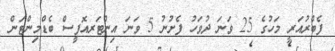
ފެބްރުއަރީ މަހުގެ 25 ވަނަ ދުވަހު ފެށުނު 5 ވަނަ އިންޓަރއޮފީސް ބެޑްމިންޓަން